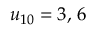
u _ { 1 0 } = 3 , \, 6